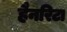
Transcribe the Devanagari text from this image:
हैनरिटा